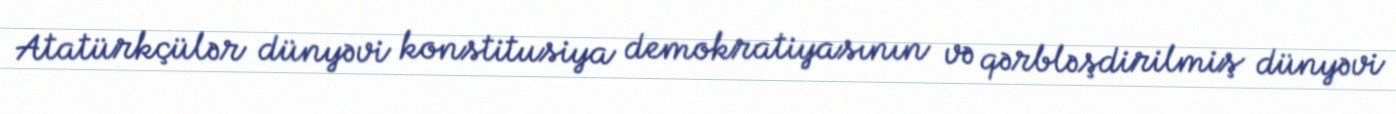
Atatürkçülər dünyəvi konstitusiya demokratiyasının və qərbləşdirilmiş dünyəvi